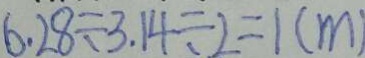
6 . 2 8 \div 3 . 1 4 \div 2 = 1 ( m )